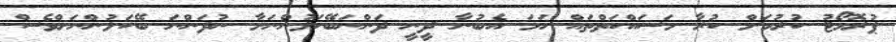
ޕުރޮމޯޓު ކުރުމަށް ކުރާ މަސައްކަތްތައް ހަމަ އެބުނާ ދީނީ ދަންނަބޭކަލުންނަށާ ނުދަންނަ ބޭކަލުންނަށްވެސް